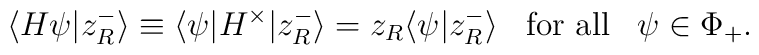
\langle H\psi|z_R^-\rangle\equiv\langle\psi|H^\times|z_R^-\rangle=z_R\langle\psi|z_R^-\rangle\,\,\,\,\,\textup{for all}\,\,\,\,\,\psi\in\Phi_+.